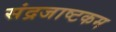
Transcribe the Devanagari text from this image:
संद्रजाष्टकम